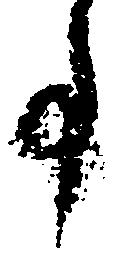
事